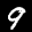
Label: 9